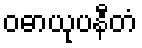
ဝဓာယုပနီတံ